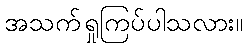
အသက်ရှုကြပ်ပါသလား။